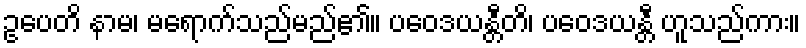
ဥပေတိ နာမ၊ မရောက်သည်မည်၏။ ပဝေဒယန္တီတိ၊ ပဝေဒယန္တီ ဟူသည်ကား။